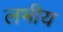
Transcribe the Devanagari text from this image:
लभीय